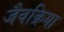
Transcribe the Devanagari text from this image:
जैवक्रिया